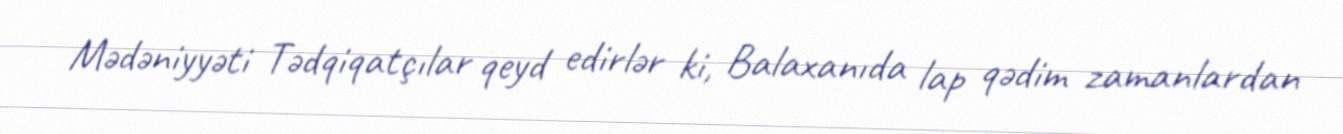
Mədəniyyəti Tədqiqatçılar qeyd edirlər ki, Balaxanıda lap qədim zamanlardan